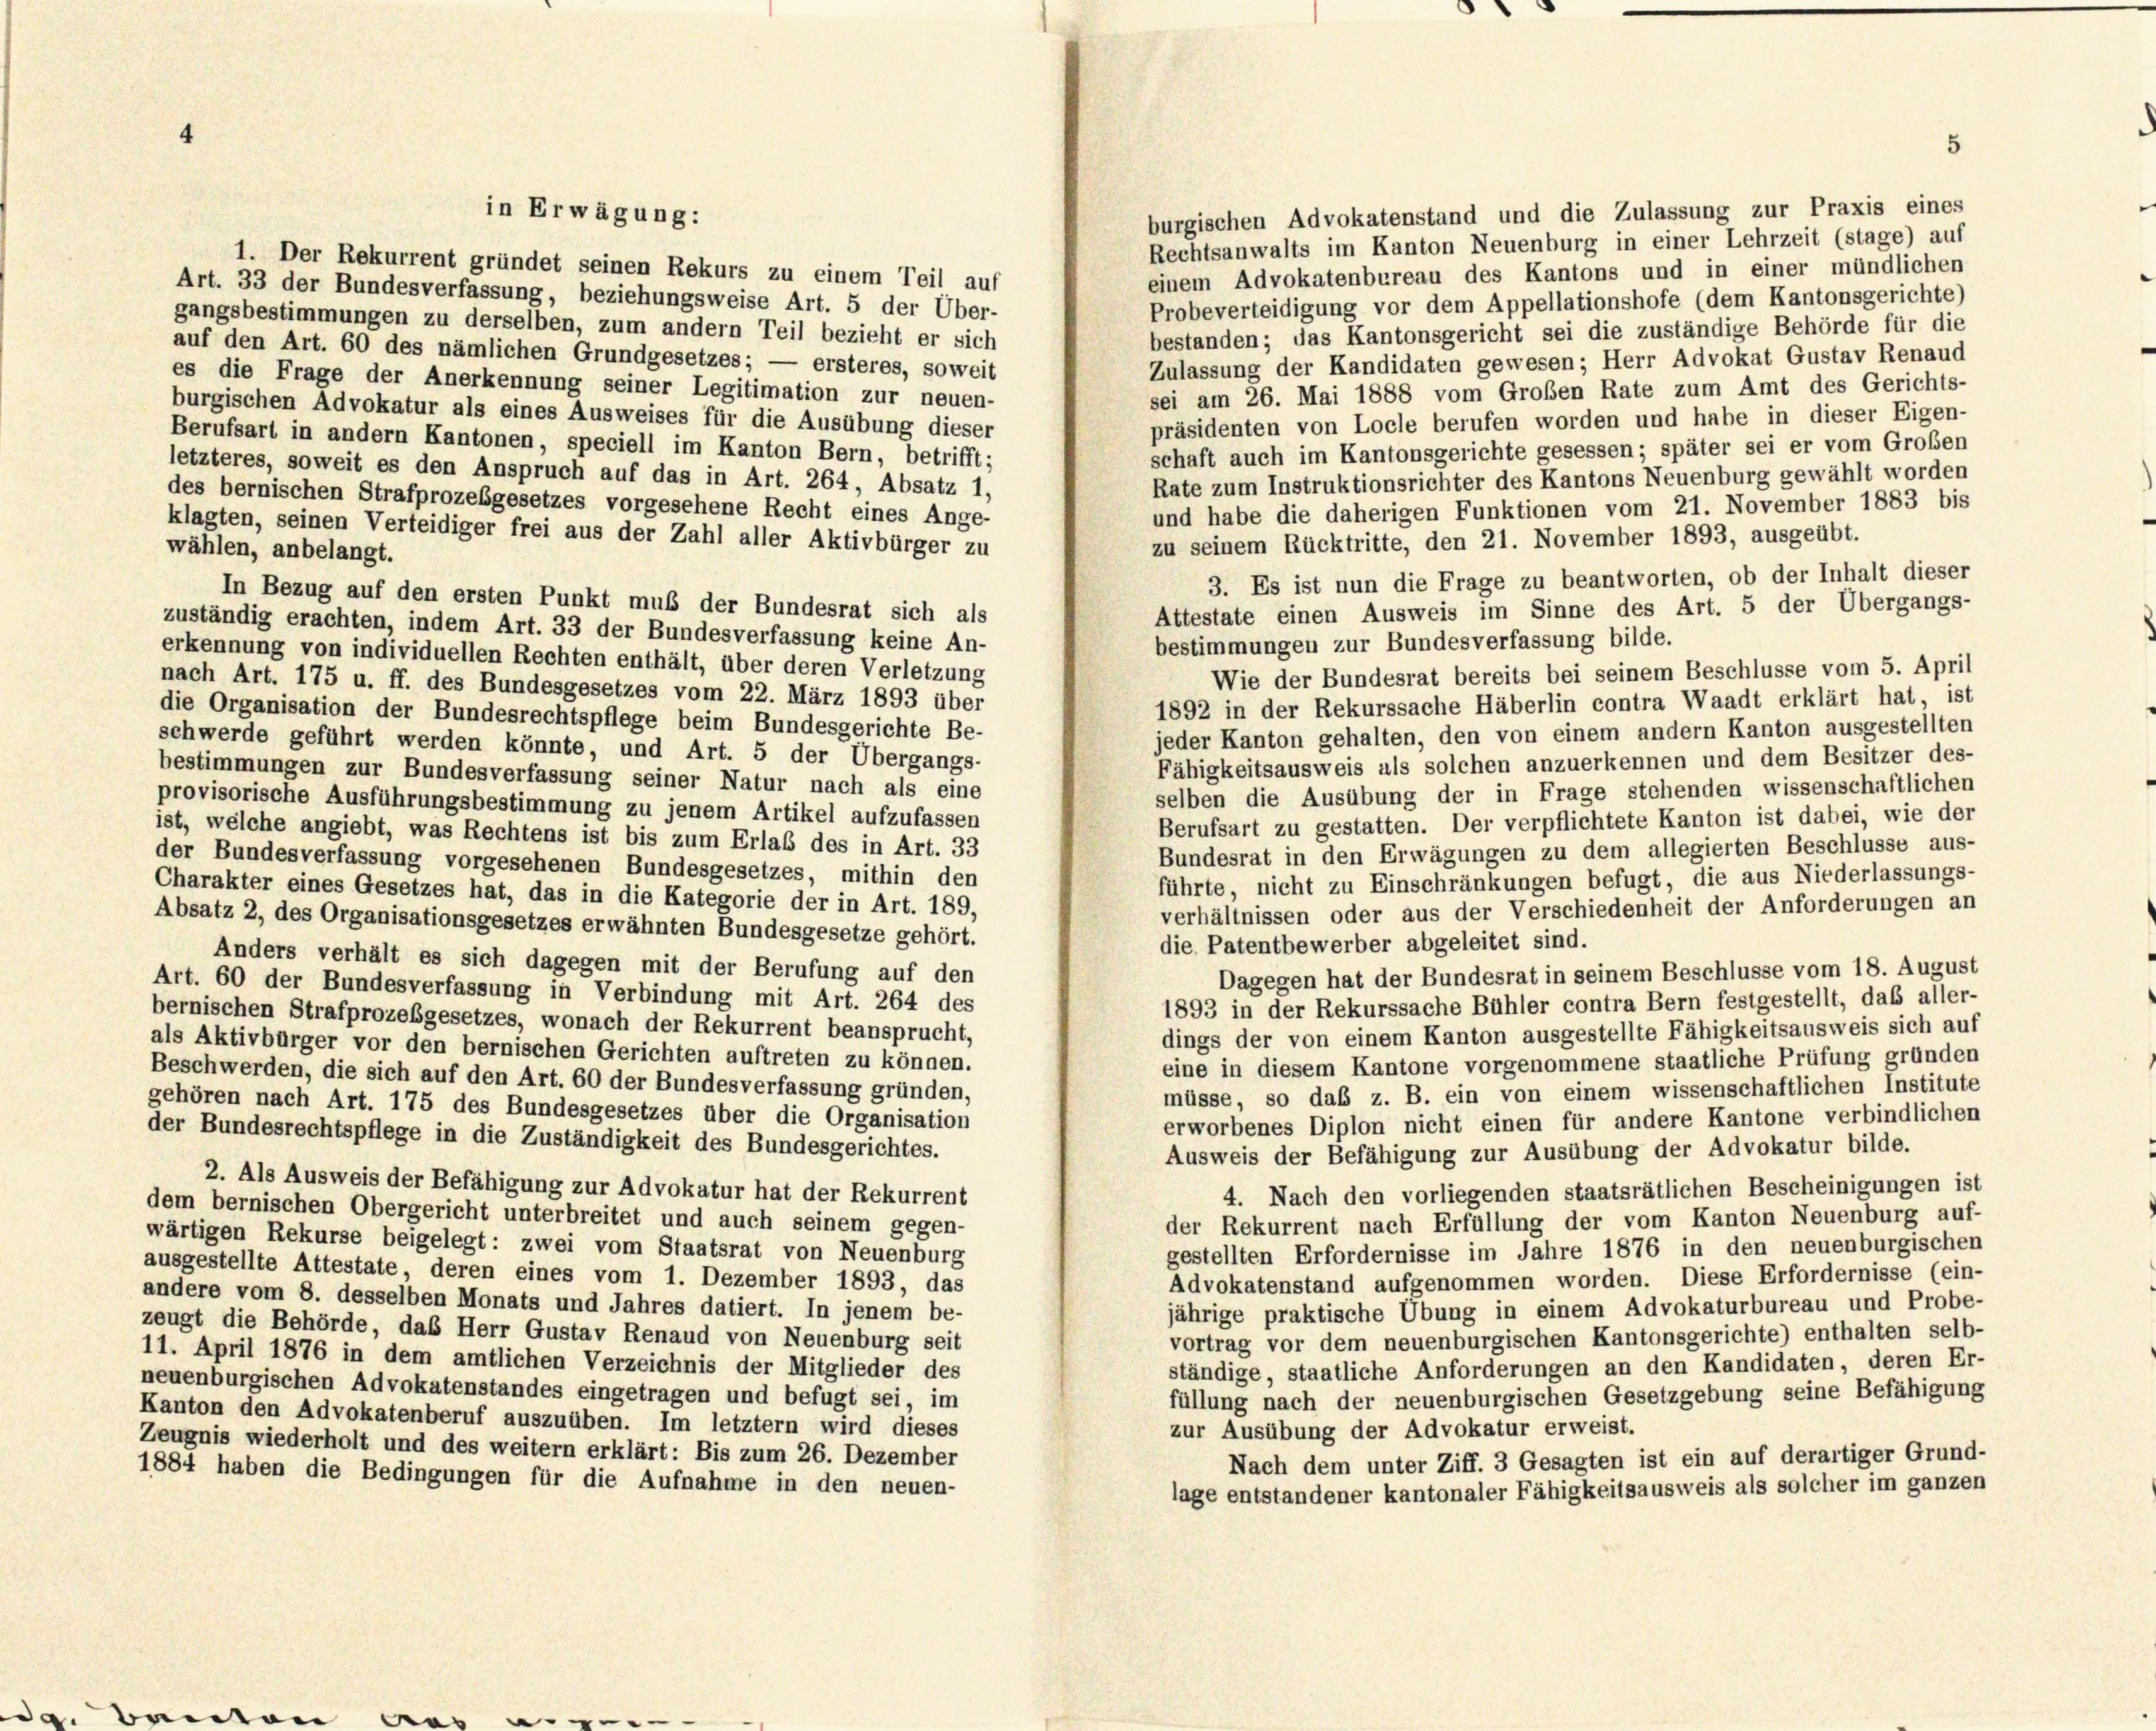
burgischen Advokatenstand und die Zulassung zur Praxis eines
Rechtsanwalts im Kanton Neuenburg in einer Lehrzeit (stage) auf
1. Der Rekurrent gründet seinen Rekurs zu einem Teil auf
einem Advokatenbureau des Kantons und in einer mündlichen
Art. 33 der Bundesverfassung, beziehungsweise Art. 5 der Über-
Probeverteidigung vor dem Appellationshofe (dem Kantonsgerichte)
gangsbestimmungen zu derselben, zum andern Teil bezieht er sich
bestanden; das Kantonsgericht sei die zuständige Behörde für die
auf den Art. 60 des nämlichen Grundgesetzes; — ersteres, soweit
Zulassung der Kandidaten gewesen; Herr Advokat Gustav Renaud
es die Frage der Anerkennung seiner Legitimation zur neuen-
sei am 26. Mai 1888 vom Großen Rate zum Amt des Gerichts-
burgischen Advokatur als eines Ausweises für die Ausübung dieser
präsidenten von Locle berufen worden und habe in dieser Eigen-
Berufsart in andern Kantonen, speciell im Kanton Bern, betrifft;
schaft auch im Kantonsgerichte gesessen; später sei er vom Großen
letzteres, soweit es den Anspruch auf das in Art. 264, Absatz 1,
Rate zum Instruktionsrichter des Kantons Neuenburg gewählt worden
des bernischen Strafprozesgesetzes vorgesehene Recht eines Ange-
und habe die daherigen Funktionen vom 21. November 1883 bis
klagten, seinen Verteidiger frei aus der Zahl aller Aktivbürger zu
zu seinem Rücktritte, den 21. November 1893, ausgeübt.
wählen, anbelangt.
3. Es ist nun die Frage zu beantworten, ob der Inhalt dieser
In Bezug auf den ersten Punkt muß der Bundesrat sich als
Attestate einen Ausweis im Sinne des Art. 5 der Übergangs-
zuständig erachten, indem Art. 33 der Bundesverfassung keine An-
bestimmungen zur Bundesverfassung bilde.
erkennung von individuellen Rechten enthält, über deren Verletzung
Wie der Bundesrat bereits bei seinem Beschlüsse vom 5. April
nach Art. 175 u. ff. des Bundesgesetzes vom 22. März 1893 über
1892 in der Rekurssache Häberlin contra Waadt erklärt hat, ist
die Organisation der Bundesrechtspflege beim Bundesgerichte Be-
jeder Kanton gehalten, den von einem andern Kanton ausgestellten
schwerde geführt werden könnte, und Art. 5 der Übergangs-
Fähigkeitsausweis als solchen anzuerkennen und dem Besitzer des-
bestimmungen zur Bundesverfassung seiner Natur nach als eine
selben die Ausübung der in Frage stehenden wissenschaftlichen
provisorische Ausführungsbestimmung zu jenem Artikel aufzufassen
Berufsart zu gestatten. Der verpflichtete Kanton ist dabei, wie der
ist, welche angiebt, was Rechtens ist bis zum Erlaß des in Art. 33
Bundesrat in den Erwägungen zu dem allegierten Beschlüsse aus-
der Bundesverfassung vorgesehenen Bundesgesetzes, mithin den
führte, nicht zu Einschränkungen befugt, die aus Niederlassungs-
Charakter eines Gesetzes hat, das in die Kategorie der in Art. 189,
verhältnissen oder aus der Verschiedenheit der Anforderungen an
Absatz 2, des Organisationsgesetzes erwähnten Bundesgesetze gehört.
die Patentbewerber abgeleitet sind.
Anders verhält es sich dagegen mit der Berufung auf den
Dagegen hat der Bundesrat in seinem Beschlüsse vom 18. August
Art. 60 der Bundesverfassung in Verbindung mit Art. 264 des
1893 in der Rekurssache Bühler contra Bern festgestellt, das aller-
bernischen Strafprozeßgesetzes, wonach der Rekurrent beansprucht,
dings der von einem Kanton ausgestellte Fähigkeitsausweis sich auf
als Aktivbürger vor den bernischen Gerichten auftreten zu können.
eine in diesem Kantone vorgenommene staatliche Prüfung gründen
Beschwerden, die sich auf den Art. 60 der Bundesverfassung gründen,
müsse, so das z. B. ein von einem wissenschaftlichen Institute
gehören nach Art. 175 des Bundesgesetzes über die Organisation
erworbenes Diplon nicht einen für andere Kantone verbindlichen
der Bundesrechtspflege in die Zuständigkeit des Bundesgerichtes.
Ausweis der Befähigung zur Ausübung der Advokatur bilde.
2. Als Ausweis der Befähigung zur Advokatur hat der Rekurrent
4. Nach den vorliegenden staatsrätlichen Bescheinigungen ist
dem bernischen Obergericht unterbreitet und auch seinem gegen-
der Rekurrent nach Erfüllung der vom Kanton Neuenburg auf-
wärtigen Rekurse beigelegt: zwei vom Staatsrat von Neuenburg
gestellten Erfordernisse im Jahre 1876 in den neuenburgischen
ausgestellte Attestate, deren eines vom 1. Dezember 1893, das
Advokatenstand aufgenommen worden. Diese Erfordernisse (ein-
andere vom 8. desselben Monats und Jahres datiert. In jenem be-
jährige praktische Übung in einem Advokaturbureau und Probe-
zeugt die Behörde, das Herr Gustav Renaud von Neuenburg seit
vortrag vor dem neuenburgischen Kantonsgerichte) enthalten selb-
11. April 1876 in dem amtlichen Verzeichnis der Mitglieder des
ständige, staatliche Anforderungen an den Kandidaten, deren Er-
neuenburgischen Advokatenstandes eingetragen und befugt sei, im
füllung nach der neuenburgischen Gesetzgebung seine Befähigung
Kanton den Advokatenberuf auszuüben. Im letztem wird dieses
zur Ausübung der Advokatur erweist.
Zeugnis wiederholt und des weitern erklärt: Bis zum 26. Dezember
Nach dem unter Ziff. 3 Gesagten ist ein auf derartiger Grund-
1884 haben die Bedingungen für die Aufnahme in den neuen-
lage entstandener kantonaler Fähigkeitsausweis als solcher im ganzen

in Erwägung:

5